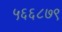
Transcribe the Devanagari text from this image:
५६६८७९